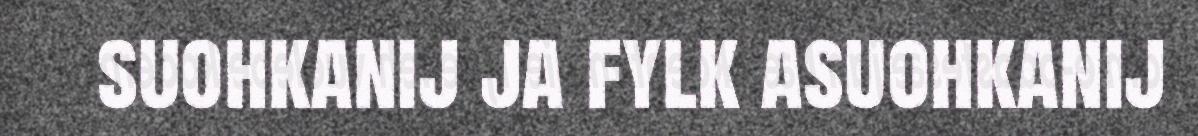
suohkanij ja fylk asuohkanij